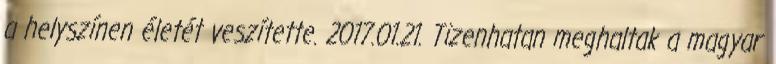
a helyszínen életét veszítette. 2017.01.21. Tizenhatan meghaltak a magyar